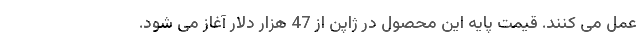
عمل می کنند. قیمت پایه این محصول در ژاپن از 47 هزار دلار آغاز می شود.